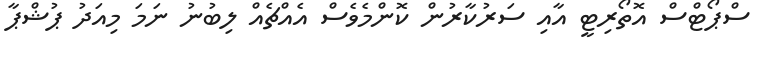
ސްޕޯޓްސް އޮތޯރިޓީ އާއި ސަރުކާރުން ކޮންމެވެސް އެއްޗެއް ލިބުނު ނަމަ މިއަދު ޕުޝްޕާ